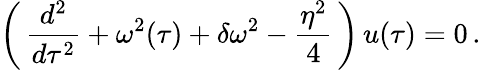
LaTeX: \left(\, \frac{d^{2}}{d\tau^{2}}+\omega^{2}(\tau)+\delta\omega^{2}-\frac{\eta^{2}}{4}\, \right)\, u(\tau)=0\, .